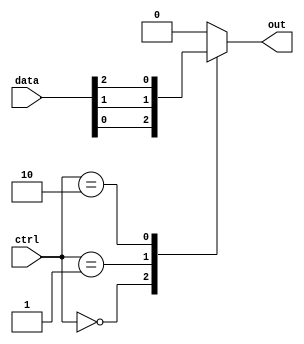
module mux_128to1 (
    input [127:0] data,
    input [6:0] ctrl,
    output reg out
);

always @(*) begin
    case(ctrl)
        7'b0000000: out = data[0];
        7'b0000001: out = data[1];
        7'b0000010: out = data[2];
        // Repeat for all 128 input signals
        // ...
        default: out = 1'b0; // Default output when control signal is invalid
    endcase
end

endmodule